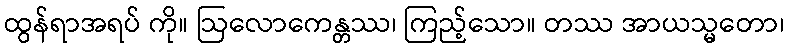
ထွန်ရာအရပ် ကို။ ဩလောကေန္တဿ၊ ကြည့်သော။ တဿ အာယသ္မတော၊